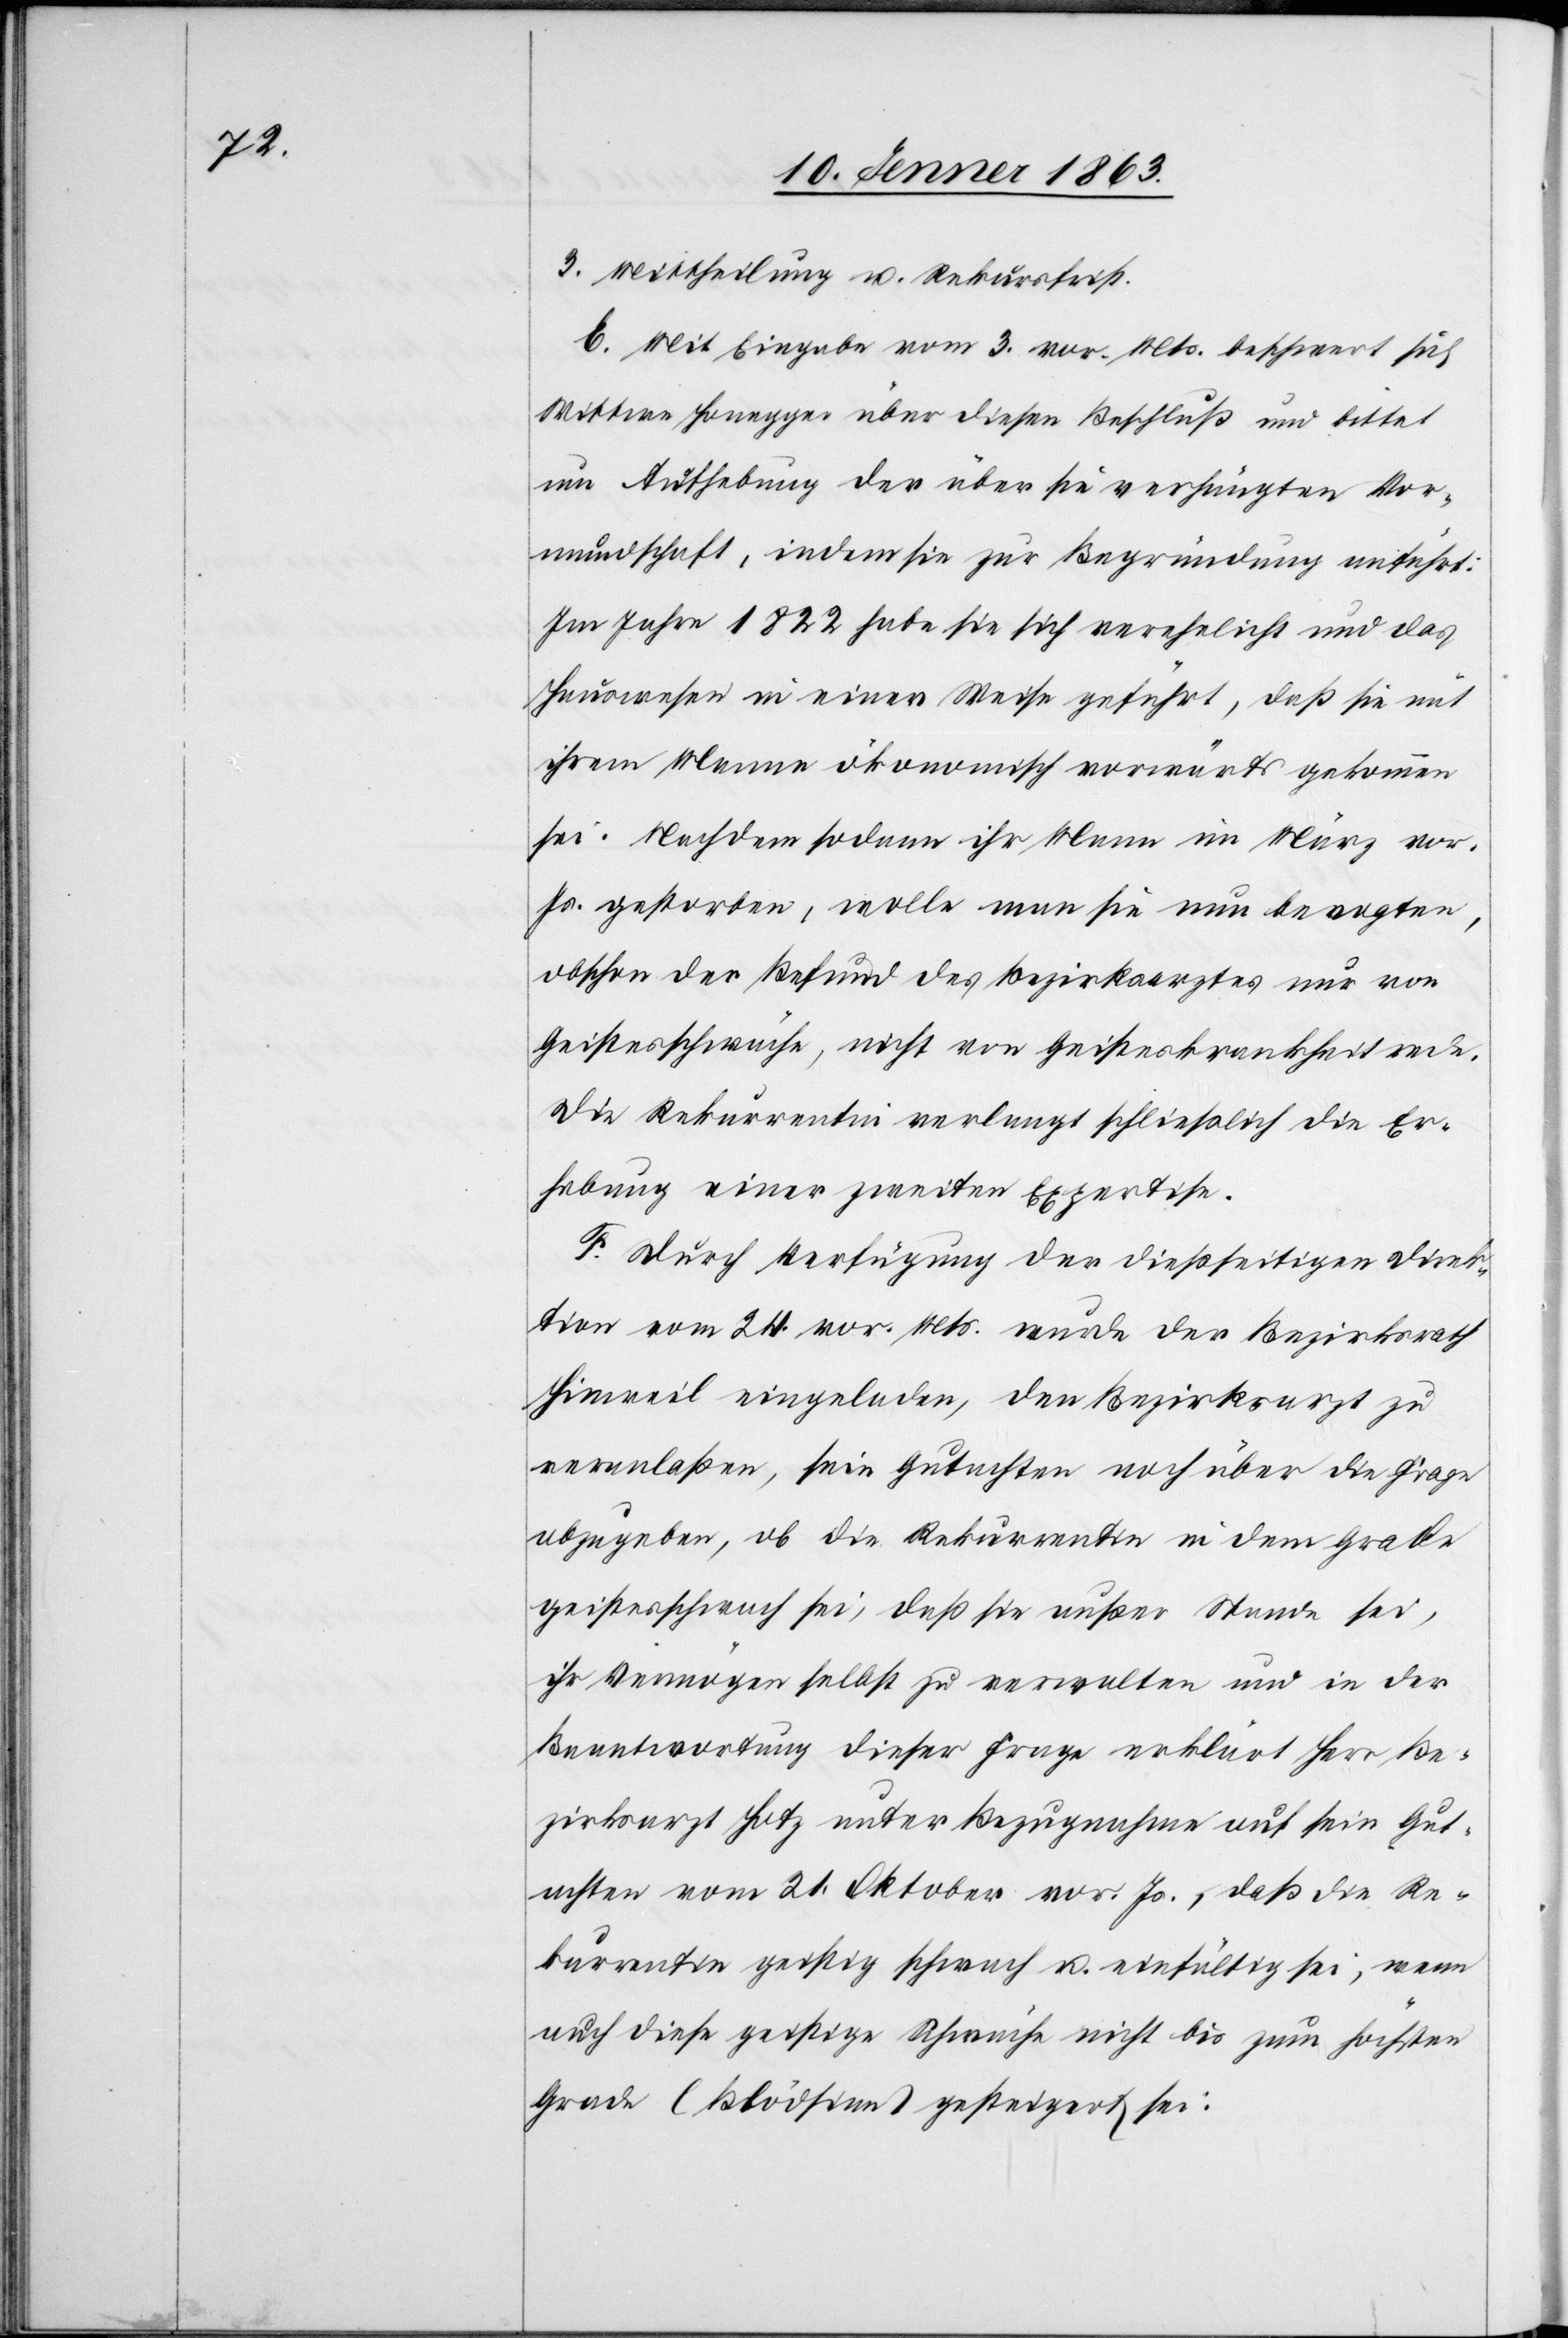
3. Mittheilung u. Rekursfrist.
E. Mit Eingabe vom 3. vor. Mts. beschwert sich
Wittwe Honegger über diesen Beschluß und bittet
um Aufhebung der über sie verhängten Vor¬
mundschaft, indem sie zur Begründung anführt:
Im Jahre 1822 habe sie sich verehelicht und das
Hauswesen in einer Weise geführt, daß sie mit
ihrem Manne ökonomisch vorwärts gekommen
sei. Nachdem sodann ihr Mann im März vor.
Js. gestorben, wolle man sie nun bevogten,
obschon der Befund des Bezirksarztes nur von
Geistesschwäche, nicht von Geisteskrankheit rede.
Die Rekurrentin verlangt schließlich die Er¬
hebung einer zweiten Expertise.
F. Durch Verfügung der dießseitigen Direk¬
tion vom 24. vor. Mts. wurde der Bezirksrath
Hinweil eingeladen, den Bezirksarzt zu
veranlaßen, sein Gutachten noch über die Frage
abzugeben, ob die Rekurrentin in dem Grade
geistesschwach sei, daß sie außer Stande sei,
ihr Vermögen selbst zu verwalten und in der
Beantwortung dieser Frage erklärt Herr Be¬
zirksarzt Hotz unter Bezugnahme auf sein Gut¬
achten vom 21. Oktober vor. Js., daß die Re¬
kurrentin geistig schwach u. einfältig sei, wenn
auch diese geistige Schwäche nicht bis zum höchsten
Grade (Blödsinn) gesteigert sei.